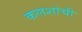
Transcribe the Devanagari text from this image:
कलशांची